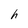
Character: h